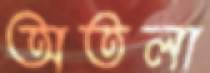
অতলা